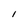
Character: l